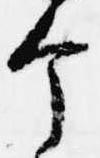
个